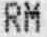
RM